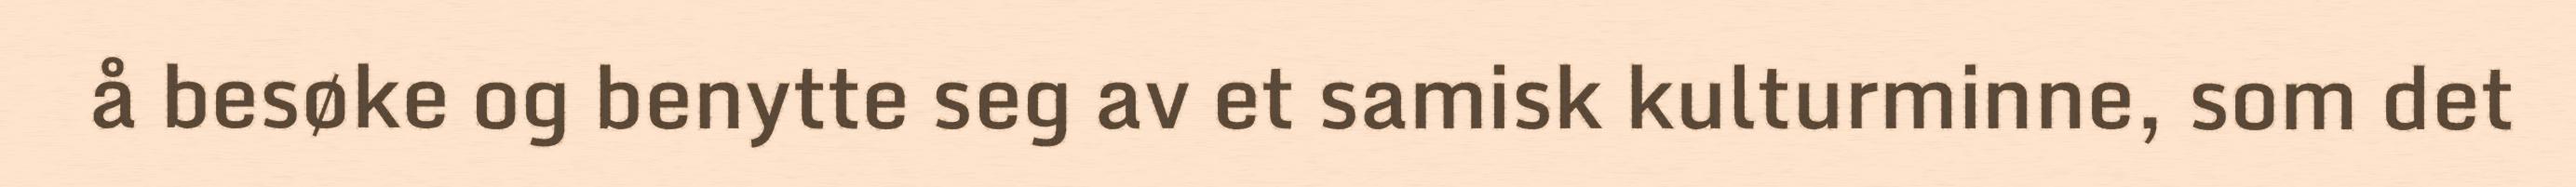
å besøke og benytte seg av et samisk kulturminne, som det